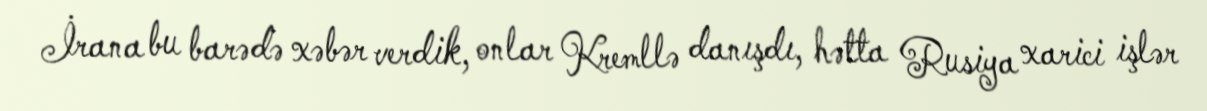
İrana bu barədə xəbər verdik, onlar Kremllə danışdı, hətta Rusiya xarici işlər